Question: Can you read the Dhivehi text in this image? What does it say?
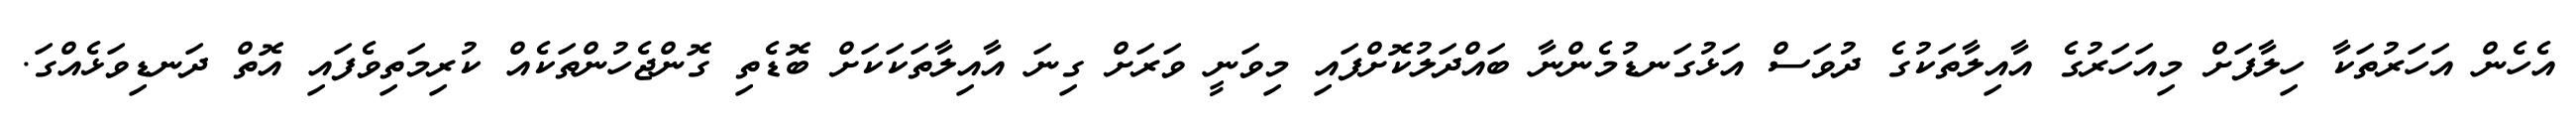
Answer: އެހެން އަހަރުތަކާ ހިލާފަށް މިއަހަރުގެ އާއިލާތަކުގެ ދުވަސް އަޅުގަނޑުމެންނާ ބައްދަލުކޮށްފައި މިވަނީ ވަރަށް ގިނަ އާއިލާތަކަކަށް ބޮޑެތި ގޮންޖެހުންތަކެއް ކުރިމަތިވެފައި އޮތް ދަނޑިވަޅެއްގަ.